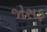
જોસફ